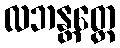
လဘန္တတ္ထေ